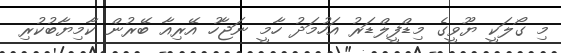
މި ގޯލަކީ ޔޫވީގެ މިޑްފީލްޑަރު އަހުމަދު ހާމީ ނަޖާހު އޭރިއާ ބޭރުން ކާމިޔާބުކުރި